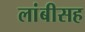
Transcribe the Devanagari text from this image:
लांबीसह